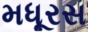
મધૂરસ